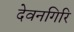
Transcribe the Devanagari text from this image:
देवनगिरि